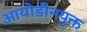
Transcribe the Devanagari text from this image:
आयोडीनयुक्त